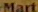
Mart